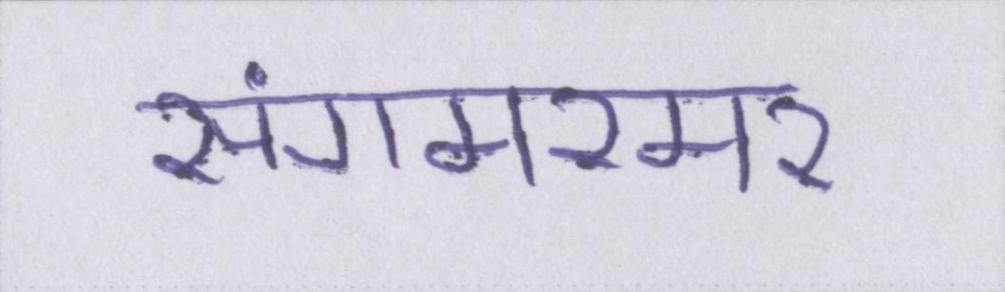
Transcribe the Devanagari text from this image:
संगमरमर